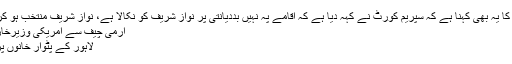
سربراہ عوامی تحریک کا یہ بھی کہنا ہے کہ سپریم کورٹ نے کہہ دیا ہے کہ اقامے پہ نہیں بددیانتی پر نواز شریف کو نکالا ہے، نواز شریف منتخب ہو کر حلقے میں نہیں جاتے
آرمی چیف سے امریکی وزیرخارجہ کا ٹیلیفونک رابطہ
لاہور کے پٹوار خانوں پر تفصیلی رپورٹ طلب